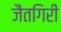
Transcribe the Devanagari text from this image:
जैतगिरी